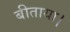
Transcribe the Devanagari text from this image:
बीताया।